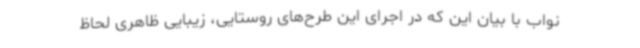
نواب با بیان این که در اجرای این طرح‌های روستایی، زیبایی ظاهری لحاظ